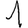
Digit: 1